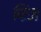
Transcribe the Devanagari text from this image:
फिंज